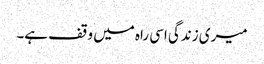
میری زندگی اسی راہ میں وقف ہے۔